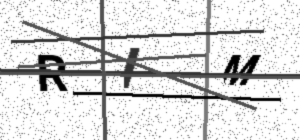
Text: RIM